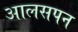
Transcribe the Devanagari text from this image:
आलसपन